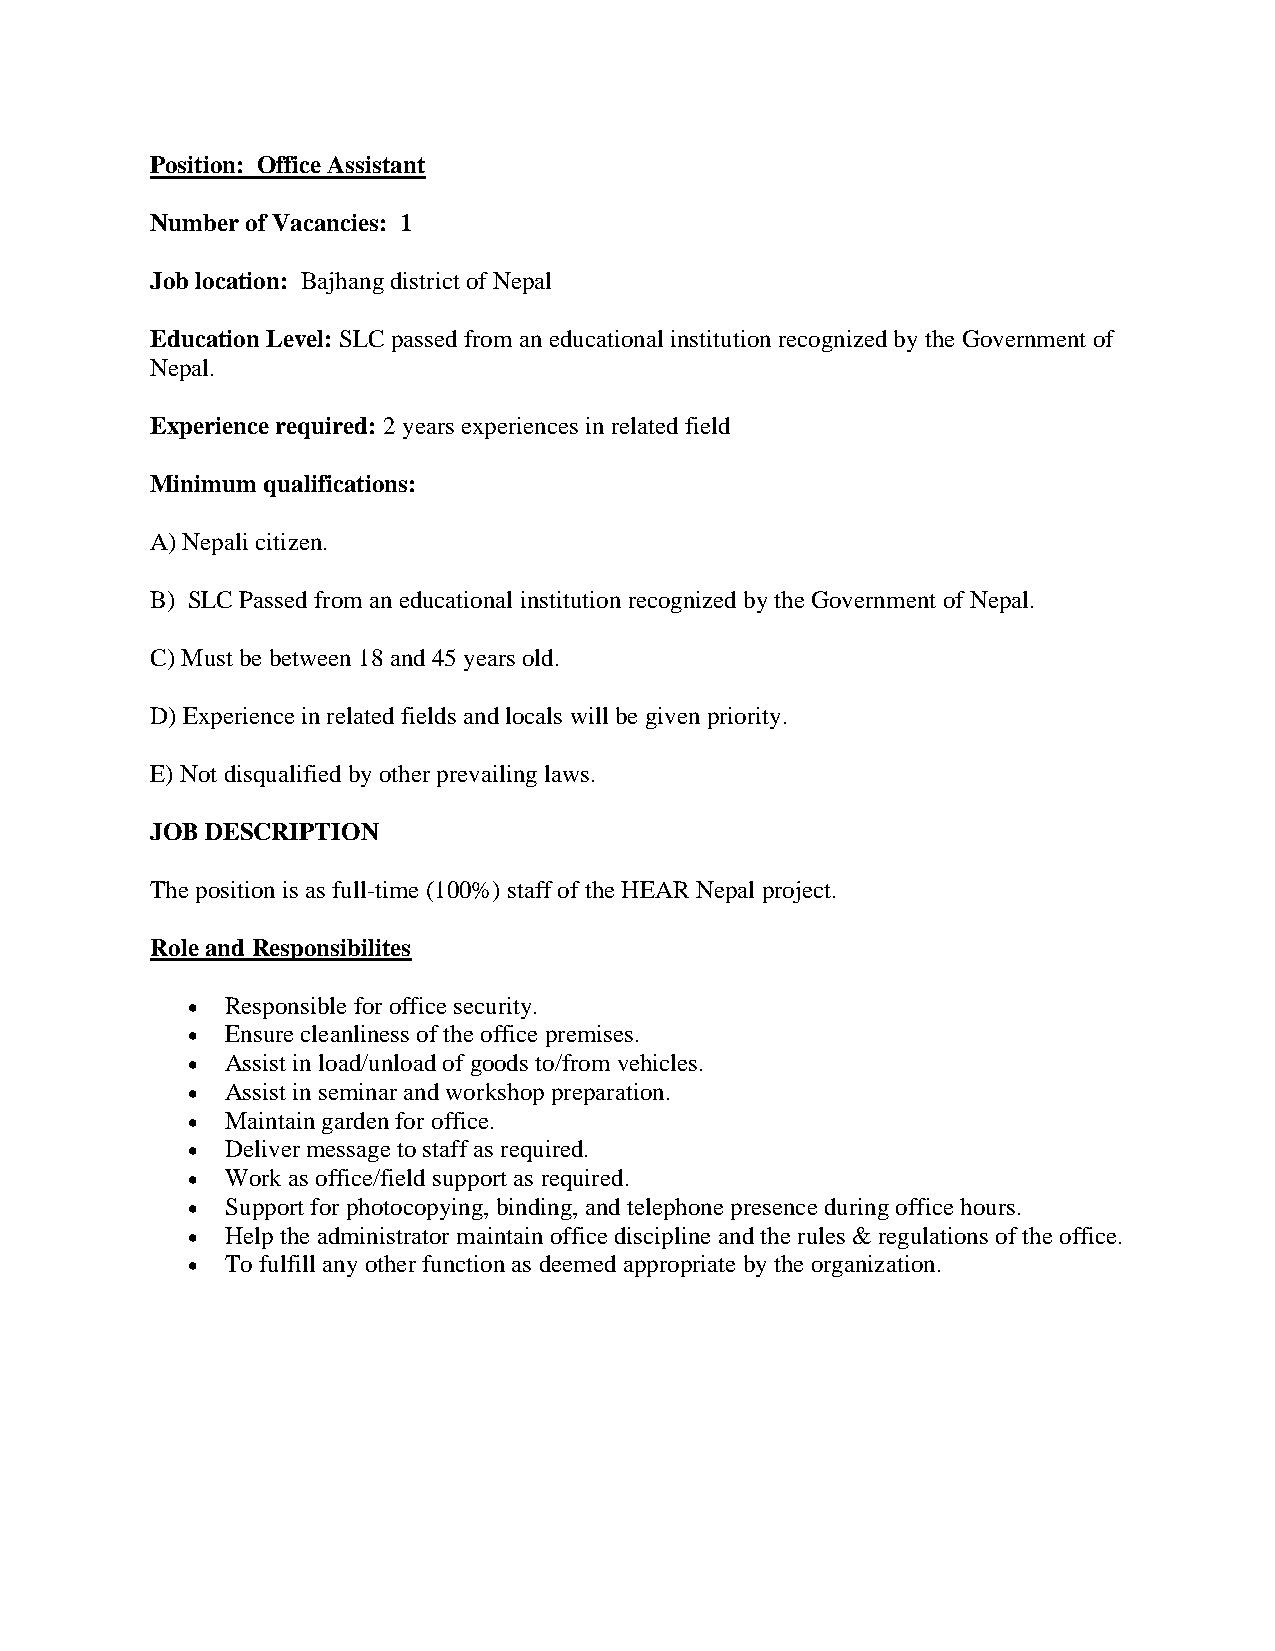
Position: Office Assistant
 Number of Vacancies: 1
 Job location: Bajhang district of Nepal
 Education Level: SLC passed from an educational institution recognized by the Government of
 Nepal.
 Experience required: 2 years experiences in related field
 Minimum qualifications:
 A) Nepali citizen.
 B) SLC Passed from an educational institution recognized by the Government of Nepal.
 C) Must be between 18 and 45 years old.
 D) Experience in related fields and locals will be given priority.
 E) Not disqualified by other prevailing laws.
 JOB DESCRIPTION
 The position is as full-time (100%) staff of the HEAR Nepal project.
 Role and Responsibilites
 •  Responsible for office security.
 •  Ensure cleanliness of the office premises.
 •  Assist in load/unload of goods to/from vehicles.
 •  Assist in seminar and workshop preparation.
 •  Maintain garden for office.
 •  Deliver message to staff as required.
 •  Work as office/field support as required.
 •  Support for photocopying, binding, and telephone presence during office hours.
 •  Help the administrator maintain office discipline and the rules & regulations of the office.
 •  To fulfill any other function as deemed appropriate by the organization.